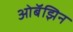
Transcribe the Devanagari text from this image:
ओबॅझिन